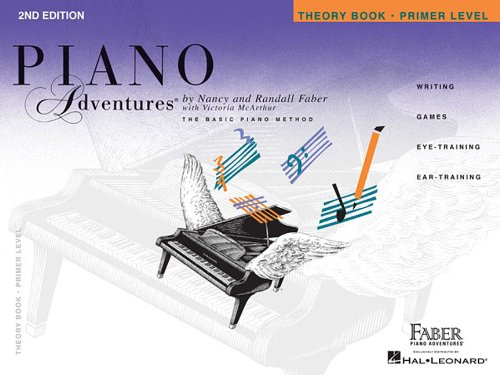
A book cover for Primer Level - Theory Book: Piano Adventures; Humor & Entertainment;